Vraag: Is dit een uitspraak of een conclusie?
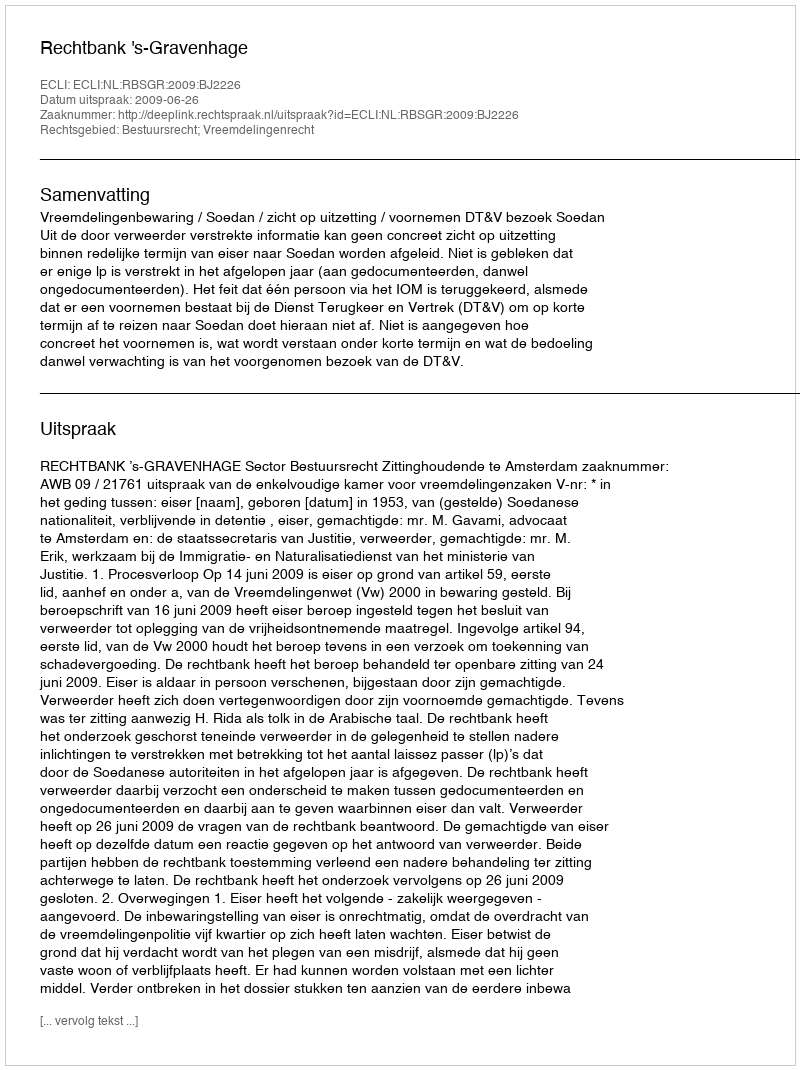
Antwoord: Uitspraak